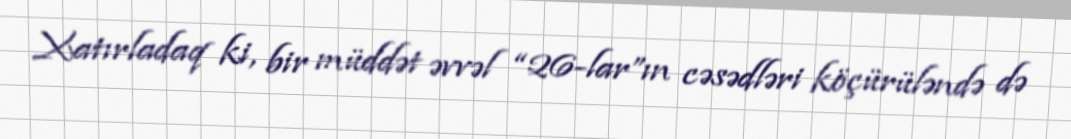
Xatırladaq ki, bir müddət əvvəl “26-lar”ın cəsədləri köçürüləndə də